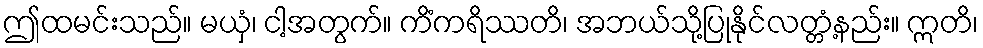
ဤထမင်းသည်။ မယှံ၊ ငါ့အတွက်။ ကိံကရိဿတိ၊ အဘယ်သို့ပြုနိုင်လတ္တံ့နည်း။ ဣတိ၊